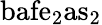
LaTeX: {\mathrm{bafe}}_{2}{\mathrm{as}}_{2}